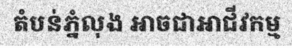
តំបន់ភ្នំលុង អាចជាអាជីវកម្ម